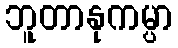
ဘူတာနုကမ္ပာ